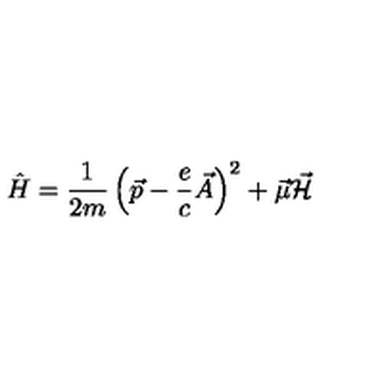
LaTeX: \hat { H } = { \frac { 1 } { 2 m } } \left( \vec { p } - { \frac { e } { c } } \vec { A } \right) ^ { 2 } + \vec { \mu } \vec { \cal H }